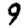
Digit: 9